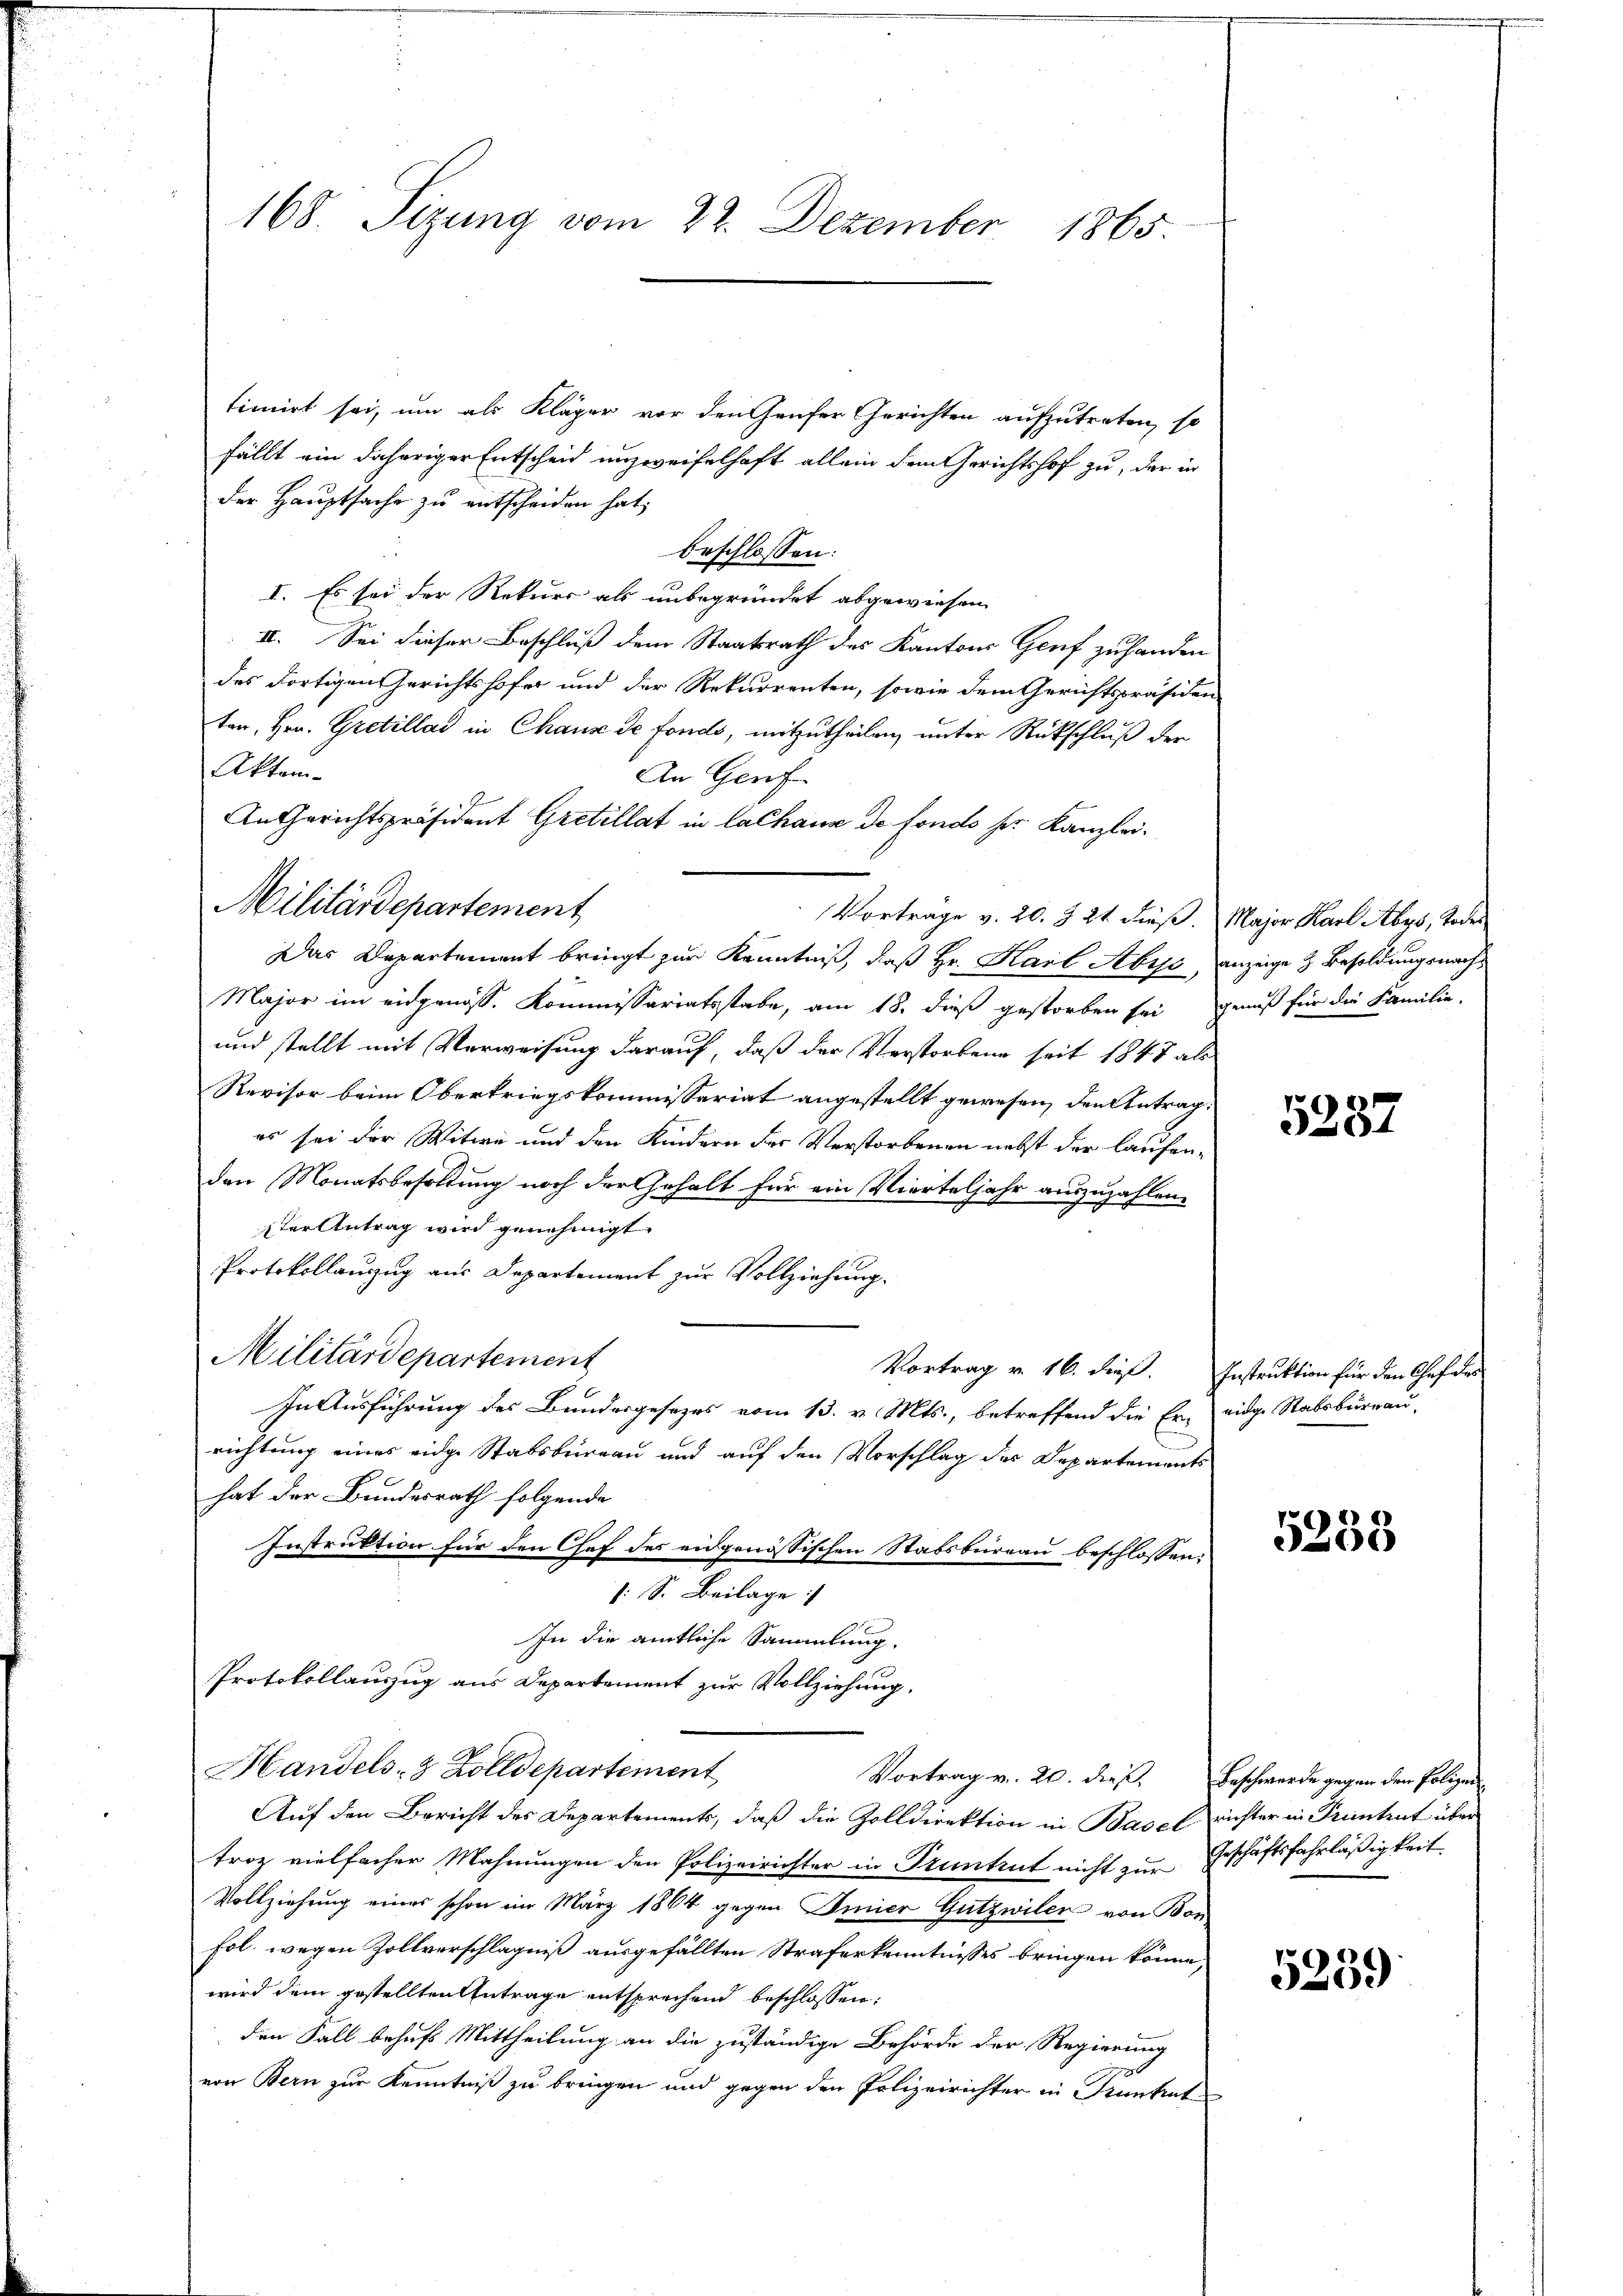
timirt sei, um als Kläger vor den Hauser Gerichten aufzutreten, so
fällt ein daheriger Entscheid unzweifelhaft allein dem Gerichtshof zu, der in
der Hauptsache zu entscheiden hat,
beschlossen:
I. Es sei der Rekurs als unbegründet abgewiesen
II. Sei dieser Beschluß dem Staatsrath des Kantons Genf zuhanden
des dortigen Gerichtshofer und der Rekurrenten, sowie dem Gerichtspräsiden
ten, Hrn. Gretillat in Chaus de fonds, mitzutheilen, unter Rückschluß der
Aktem
An Genf
An Gerichtspräsident Gretillat in lalhaus de fonds ser Kanzlei.
Vortrage v. 20. 324 dieß. Major Karl Abys, Todes
Das Departement bringt zur Kenntniß, daß Hr. Karl Abys, anzeige & Besoldungsnach¬
Major im eidgenöss. Kommissariatsstabe, am 18. dieß gestorben sei genuß für die Familie,
und stellt mit Verweisung darauf, daß der Verstorbene seit 1847 als
Revisor beim Oberkriegskommissariat angestellt gewesen, den Antrag:
es sei der Witwe und den Kindern der Verstorbenen nebst der laufenden Monatsbesoldung noch der Gehalt für ein Vierteljahr auszuzahlen.
ster Antrag wird genehmigt.
Protokollanzug aus Departement zur Vollziehung.
Militärdepartement
Vortrag v. 16. dies. Instruktion für den Chefar
In Ausführung des Bundesgesezes vom 13. v. Mts., betreffend die Er eidge Ratsbürrau-
richtung eines eidge Stabsbureau und auf den Vorschlag des Departements
hat der Bundesrath folgende
Instruktion für den Chef des eidgenössischen Stabsbureau beschlossen:
s. S. Beilage
In die amtliche Sammlung.
Protokollauszug aus Departement zur Vollziehung.
Handels- & Zolldepartement
Vortrag v. 20. dieß. Beschwerde gegen den Polize
Auf den Bericht des Departements, daß die Zolldirektion in Basel richter in Prentent über
troz vielfacher Mahnungen den Polizeirichter in Pruntrut nicht zur Geschäftsfahrläßigkeit
Vollziehung eines schon im März 1864 gegen Simier Gutzwiler von Bon
Fol. wegen Zollverschlagniß ausgefällten Straferkenntnisses bringen könne,
wird dem gestellten Antrage entsprechend beschlossen:
den Fall behufs Mittheilung an die zuständige Behörde der Regierung
von Bern zur Kenntniß zu bringen und gegen den Polizeirichter in Kuntat

Militärdepartement

168. Sizung vom 22. Dezember 1865.

5287

5253

5259